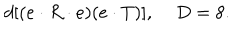
d [ ( e \cdot R \cdot e ) ( e \cdot T ) ] , \; D = 8 .